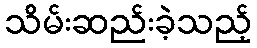
သိမ်းဆည်းခဲ့သည့်